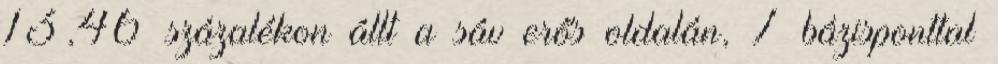
13,46 százalékon állt a sáv erős oldalán, 7 bázisponttal